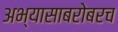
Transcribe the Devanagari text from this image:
अभ्यासाबरोबरच